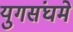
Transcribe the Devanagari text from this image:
युगसंघमे